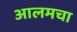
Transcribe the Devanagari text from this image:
आलमचा